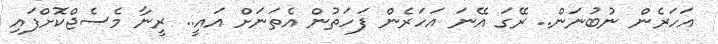
އަހަރެން ނުބުނަން.. ރޭގަ އޭނަ އަހަރެން ފަހަތުން އެތަނަށް އައީ.. ރީނާ މެސެޖްކޮށްފައި